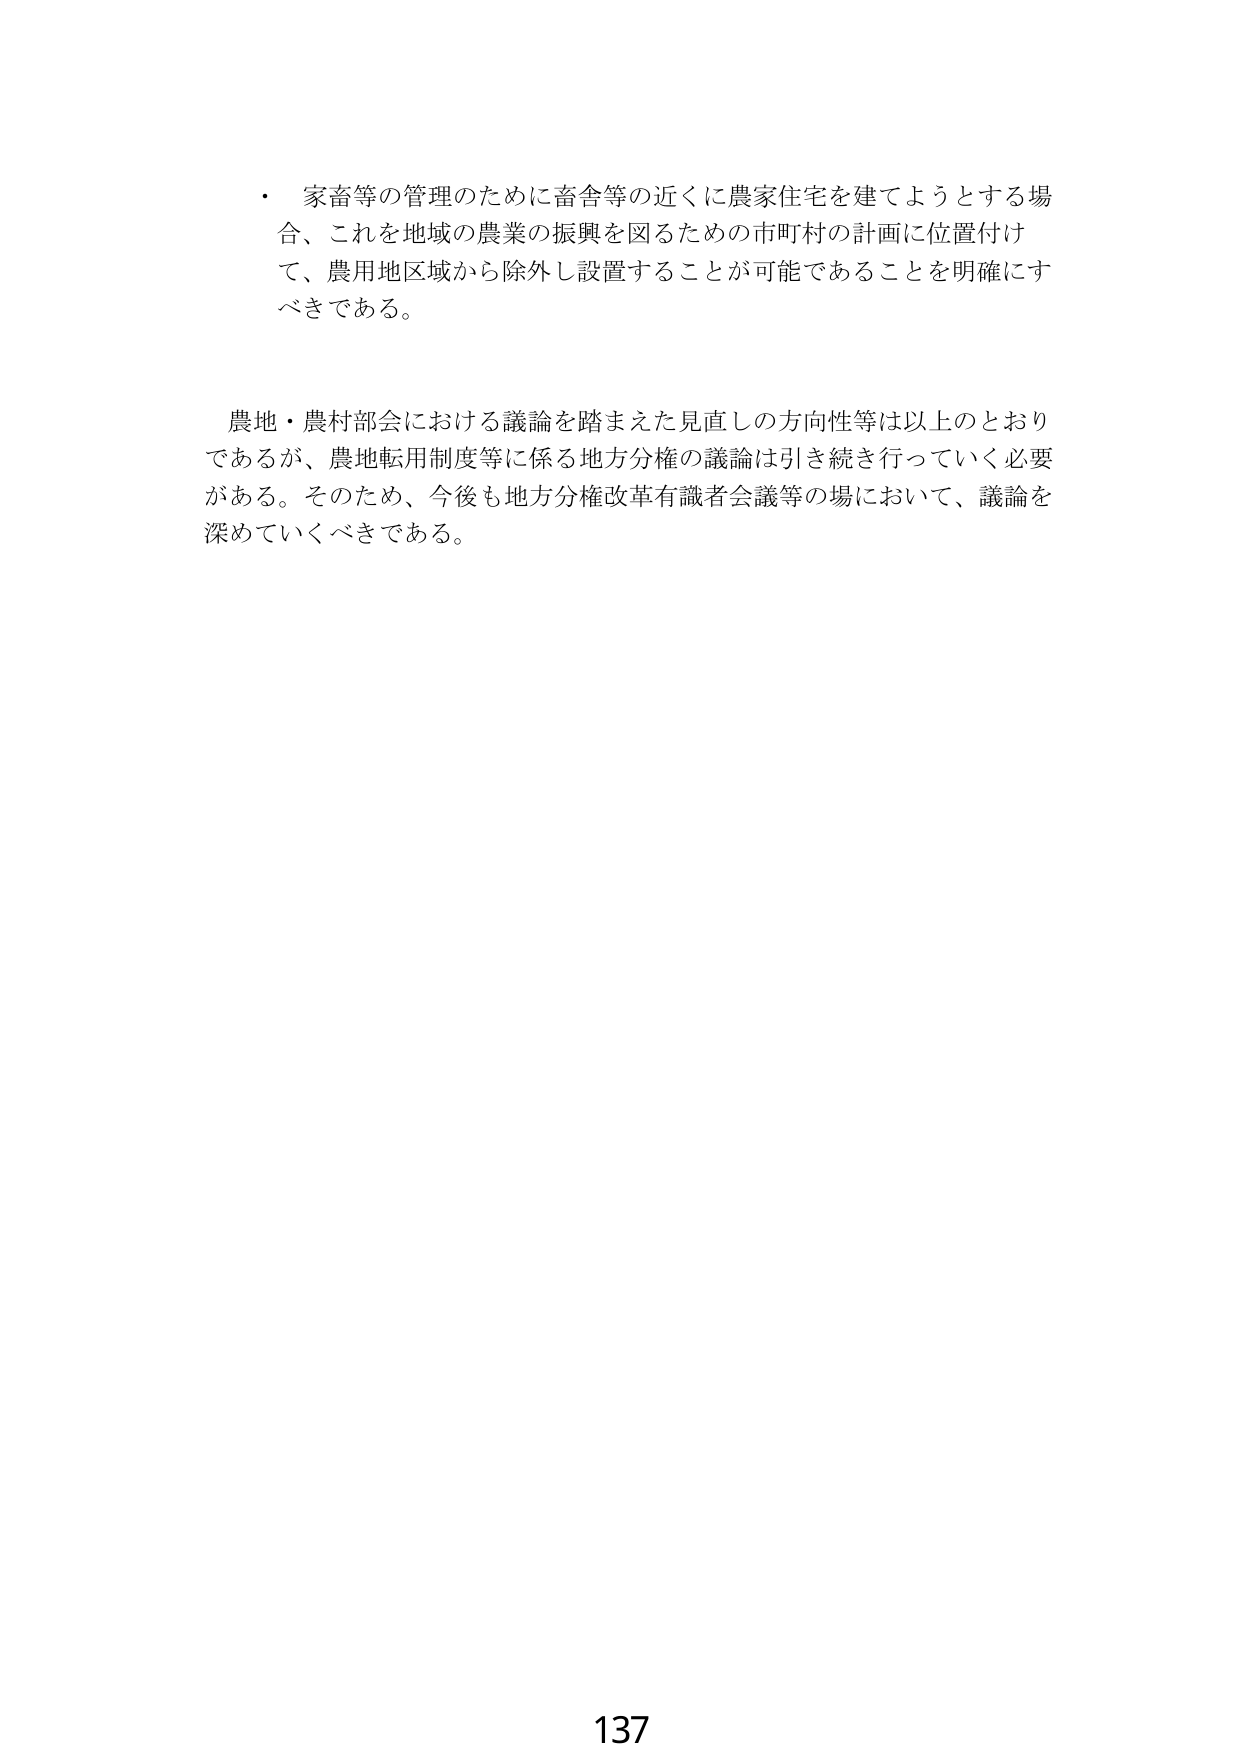
・ 家畜等の管理のために畜舎等の近くに農家住宅を建てようとする場合、これを地域の農業の振興を図るための市町村の計画に位置付けて、農用地区域から除外し設置することが可能であることを明確にすべきである。

農地・農村部会における議論を踏まえた見直しの方向性等は以上のとおりであるが、農地転用制度等に係る地方分権の議論は引き続き行っていく必要がある。そのため、今後も地方分権改革有識者会議等の場において、議論を深めていくべきである。

137